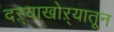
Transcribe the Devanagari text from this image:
दऱ्याखोऱ्यातून